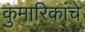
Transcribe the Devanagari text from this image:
कुमारिकांचे